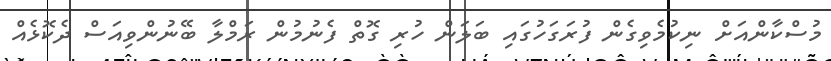
މުސްކާންއަށް ނިކުމެވިގެން ފުރަގަހުގައި ބަލަން ހުރި ގޮތް ފެނުމުން ރަމްލާ ބޭނުންވިއަސް ދެކޮޅެއް